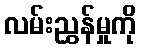
လမ်းညွှန်မှုကို